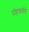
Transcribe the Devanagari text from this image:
पोहचलेले